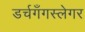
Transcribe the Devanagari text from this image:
डर्चगँगस्लेगर